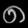
Digit: ၈